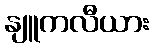
နျူကလီယား